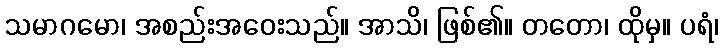
သမာဂမော၊ အစည်းအဝေးသည်။ အာသိ၊ ဖြစ်၏။ တတော၊ ထိုမှ။ ပရံ၊